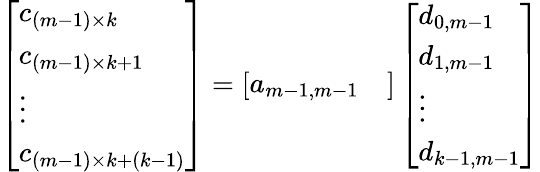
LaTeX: \begin{array}{r}{\left[\begin{array}{l}{c_{(m-1)\times k}}\\ {c_{(m-1)\times k+1}}\\ {\vdots}\\ {c_{(m-1)\times k+(k-1)}}\end{array}\right]=\left[\begin{array}{ll}{a_{m-1,m-1}}&{}\end{array}\right]\left[\begin{array}{l}{d_{0,m-1}}\\ {d_{1,m-1}}\\ {\vdots}\\ {d_{k-1,m-1}}\end{array}\right]}\end{array}